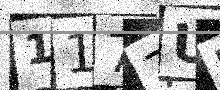
Text: 1177UK